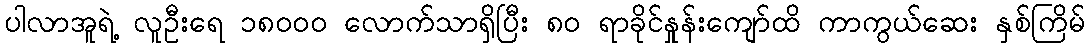
ပါလာအူရဲ့ လူဦးရေ ၁၈၀၀၀ လောက်သာရှိပြီး ၈၀ ရာခိုင်နှုန်းကျော်ထိ ကာကွယ်ဆေး နှစ်ကြိမ်